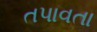
તપાવતા